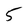
Character: 5